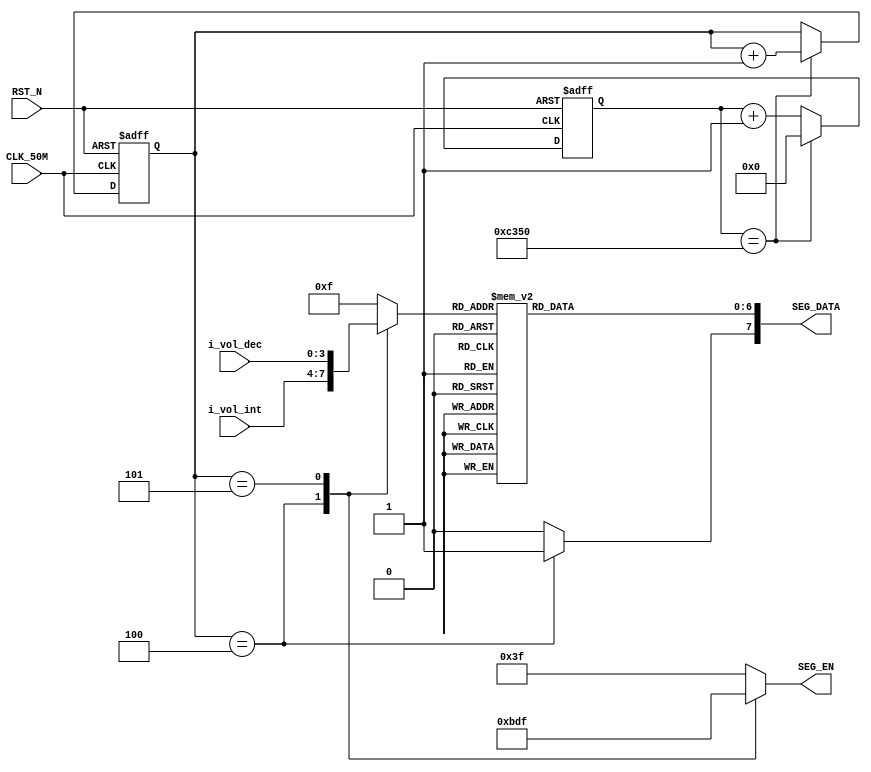
//---------------------------------------------------------------------------
//--			:	Segled_Module.v
//--			:	ZIRCON
//--			:	
//--		:	2014-1-1
//---------------------------------------------------------------------------
module Segled_Module
(	
	// 
	CLK_50M,RST_N,i_vol_dec,i_vol_int,
	//
	SEG_DATA,SEG_EN
);
	
//---------------------------------------------------------------------------
//--	
//---------------------------------------------------------------------------
input 						CLK_50M;					//
input							RST_N;					//
input			[ 3:0]		i_vol_dec;				//A/D
input			[ 3:0]		i_vol_int;				//A/D
output reg 	[ 5:0] 		SEG_EN;					//
output reg 	[ 7:0] 		SEG_DATA;				//

//---------------------------------------------------------------------------
//--	
//---------------------------------------------------------------------------
reg			[15:0]		time_cnt;				//
reg			[15:0]		time_cnt_n;				//time_cnt
reg			[ 2:0]		led_cnt;					//
reg			[ 2:0]		led_cnt_n;				//led_cnt
reg 			[ 3:0]		led_data;				//

//1ms,  (1*10^3)us / (1/50)us  50MHz
parameter SEC_TIME_1MS = 16'd50_000;	

//---------------------------------------------------------------------------
//--		
//---------------------------------------------------------------------------
//,time_cnt
always @ (posedge CLK_50M or negedge RST_N)  
begin
	if(!RST_N)											//
		time_cnt <= 16'h0;							//time_cnt
	else
		time_cnt <= time_cnt_n;						//time_cnt
end

//,10ms
always @ (*)  
begin
	if(time_cnt == SEC_TIME_1MS)					//1ms
		time_cnt_n = 16'h0;							//1ms,
	else
		time_cnt_n = time_cnt + 27'h1;			//1ms,
end

//,led_cnt
always @ (posedge CLK_50M or negedge RST_N)  
begin
	if(!RST_N)											//
		led_cnt <= 3'b000;							//led_cnt
	else
		led_cnt <= led_cnt_n;						//led_cnt
end

//,,
always @ (*)  
begin
	if(time_cnt == SEC_TIME_1MS)					//1ms		
		led_cnt_n = led_cnt + 1'b1;				//1ms,
	else
		led_cnt_n = led_cnt;							//1ms,
end

//,,
always @ (*)
begin
	case(led_cnt)
		0 : led_data = 4'hF;							//F
		1 : led_data = 4'hF;							//F
		2 : led_data = 4'hF;							//F
		3 : led_data = 4'hF;							//F
		4 : led_data = i_vol_int;					//
		5 : led_data = i_vol_dec;					//
		default: led_data = 4'hF;					//F
	endcase
end

//,
always @ (*)
begin
	case (led_cnt)  
		0 : SEG_EN = 6'b111111; 					//0,SEG1
		1 : SEG_EN = 6'b111111;  					//1,SEG2
		2 : SEG_EN = 6'b111111; 					//2,SEG3
		3 : SEG_EN = 6'b111111; 					//3,SEG4
		4 : SEG_EN = 6'b101111;						//4,SEG5
		5 : SEG_EN = 6'b011111;						//5,SEG6
		default : SEG_EN = 6'b111111;				//	
	endcase 	
end

//,
always @ (*)
begin
	case (led_cnt)  
		0 : SEG_DATA[7] = 1'b0;  					//SEG1
		1 : SEG_DATA[7] = 1'b0;	  					//SEG2
		2 : SEG_DATA[7] = 1'b0; 					//SEG3
		3 : SEG_DATA[7] = 1'b0;  					//SEG4
		4 : SEG_DATA[7] = 1'b1; 					//SEG5
		5 : SEG_DATA[7] = 1'b0; 					//SEG6
		default : SEG_DATA[7] = 1'b0;				//
	endcase 	
end

//,
always @ (*)
begin
  case(led_data)
		0  : SEG_DATA[6:0] = 7'b0111111;   		// "0"
		1  : SEG_DATA[6:0] = 7'b0000110;  		// "1"
		2  : SEG_DATA[6:0] = 7'b1011011;   		// "2"
		3  : SEG_DATA[6:0] = 7'b1001111;   		// "3"
		4  : SEG_DATA[6:0] = 7'b1100110;  		// "4"
		5  : SEG_DATA[6:0] = 7'b1101101;   		// "5"
		6  : SEG_DATA[6:0] = 7'b1111101;   		// "6"
		7  : SEG_DATA[6:0] = 7'b0000111;   		// "7"
		8  : SEG_DATA[6:0] = 7'b1111111;   		// "8"
		9  : SEG_DATA[6:0] = 7'b1101111;  		// "9"
		10 : SEG_DATA[6:0] = 7'b1110111;   		// "A"
		11 : SEG_DATA[6:0] = 7'b1111100;   		// "B"
		12 : SEG_DATA[6:0] = 7'b1011000;   		// "C"
		13 : SEG_DATA[6:0] = 7'b1011110;   		// "D"
		14 : SEG_DATA[6:0] = 7'b1111001;   		// "E"
		15 : SEG_DATA[6:0] = 7'b1110001;   		// "F"
		default :SEG_DATA[6:0] = 7'b0111111;	// "0"
  endcase
end

endmodule